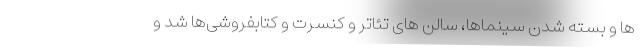
ها و بسته شدن سینماها، سالن های تئاتر و کنسرت و کتابفروشی‌ها شد و